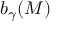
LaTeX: b _ { \gamma } ( M )